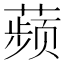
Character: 𬞟